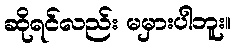
ဆိုရင်လည်း မမှားပါဘူး။